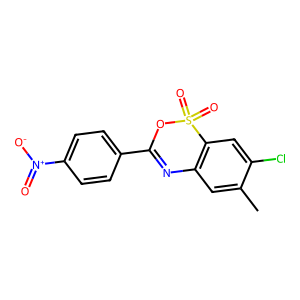
SMILES: Cc1cc2c(cc1Cl)S(=O)(=O)OC(c1ccc([N+](=O)[O-])cc1)=N2
Inhibits HIV replication: No